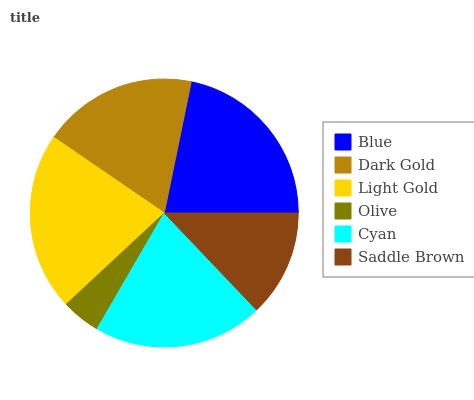
| Blue | Dark Gold | Light Gold | Olive | Cyan | Saddle Brown |
 | --- | --- | --- | --- | --- | --- |
 | 21.8% | 18.6% | 21.5% | 4.71% | 20.5% | 12.9% |